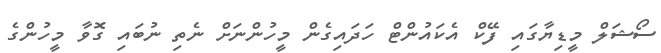
ސޯޝަލް މީޑިޔާގައި ފޭކް އެކައުންޓް ހަދައިގެން މީހުންނަށް ނެތި ނުބައި ގޮވާ މީހުންގެ